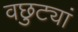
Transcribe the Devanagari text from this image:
वछुट्यां